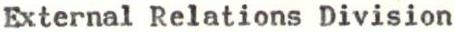
External Relations Division